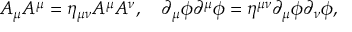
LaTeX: A _ { \mu } A ^ { \mu } = \eta _ { \mu \nu } A ^ { \mu } A ^ { \nu } , \quad \partial _ { \mu } \phi \partial ^ { \mu } \phi = \eta ^ { \mu \nu } \partial _ { \mu } \phi \partial _ { \nu } \phi ,